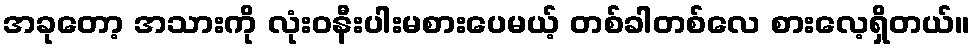
အခုတော့ အသားကို လုံးဝနီးပါးမစားပေမယ့် တစ်ခါတစ်လေ စားလေ့ရှိတယ်။